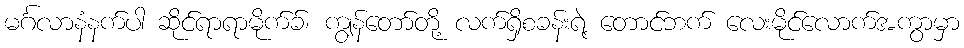
မင်္ဂလာနံနက်ပါ ဆိုင်ရာရာမိုက်ခ်၊ ကျွန်တော်တို့ လက်ရှိစခန်းရဲ့ တောင်ဘက် လေးမိုင်လောက်အကွာမှာ